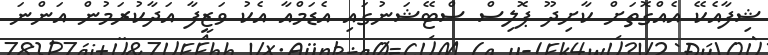
ޝިފާއެކޭ އެއްގޮތަށް ކާށިދޫ ޕޮލިސް ސްޓޭޝަނުގައި އެޑަމްއާ އެކު ވަޒީފާ އަދާކުރަމުން އަންނަ